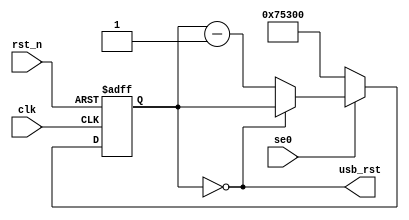
module usb_reset_detect(
    input rst_n,
    input clk,
    input se0,
    output usb_rst);
reg[18:0] cntr;
assign usb_rst = cntr == 1'b0;
always @(posedge clk or negedge rst_n) begin
    if (!rst_n) begin
        cntr <= 1'b0;
    end else begin
        if (se0) begin
            if (!usb_rst)
                cntr <= cntr - 1'b1;
        end else begin
            cntr <= 19'd480000;
        end
    end
end
endmodule